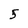
Character: 5